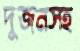
দুজনসহ